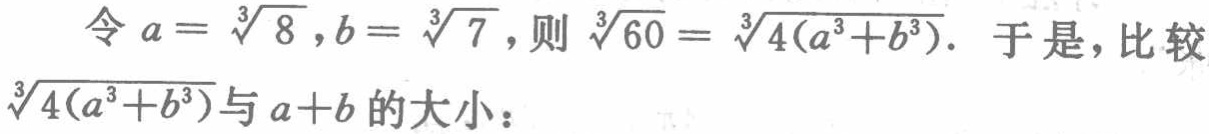
令 \(a = \sqrt[3]{8},b = \sqrt[3]{7}\)，则 \(\sqrt[3]{60}= \sqrt[3]{4(a^{3}+b^{3})}\). 于是，比较 \(\sqrt[3]{4(a^{3}+b^{3})}\)与 \(a + b\)的大小：